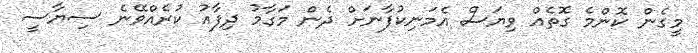
މީގެން ކޮންމެ ގޮތެއް ވިޔަސް އެމަނިކުފާނަށް ދެން މަގާމު ދިފާއު ކުރެއްވޭނެ ސިޔާސީ